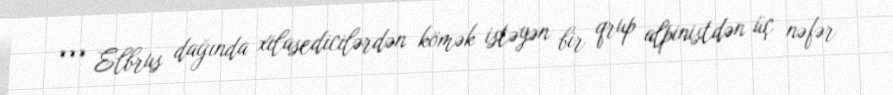
*** Elbrus dağında xilasedicilərdən kömək istəyən bir qrup alpinistdən üç nəfər